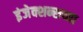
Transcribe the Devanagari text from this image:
इंजेक्शन्सच्या